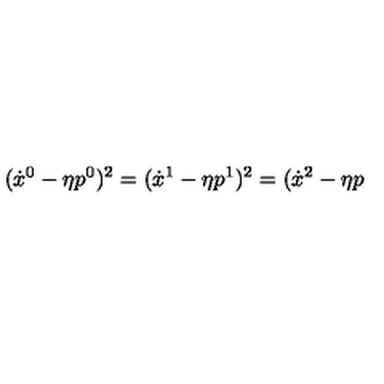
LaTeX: ( { \dot { x } } ^ { 0 } - \eta { p } ^ { 0 } ) ^ { 2 } = ( { \dot { x } } ^ { 1 } - \eta { p } ^ { 1 } ) ^ { 2 } = ( { \dot { x } } ^ { 2 } - \eta { p }